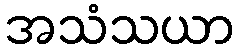
အသံသယာ